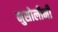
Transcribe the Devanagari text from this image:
मुसोलीनी